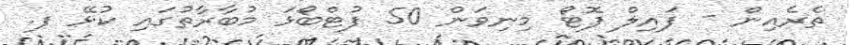
ތެރެއިން - ފައިލް ފޮޓޯ މިނިވަން 50 ފުޓްބޯޅަ މުބާރާތުގައި ކުޅޭ ފ.